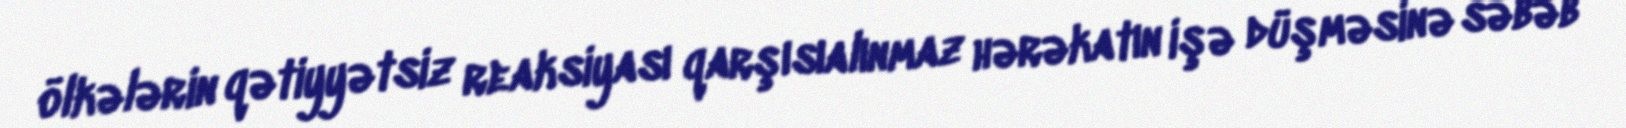
ölkələrin qətiyyətsiz reaksiyası qarşısıalınmaz hərəkatın işə düşməsinə səbəb